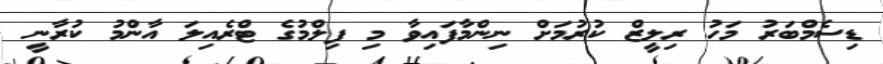
ޑިސެމްބަރު މަހު ރިލީޒް ކުރުމަށް ނިންމާފައިވާ މި ފިލްމުގެ ޓްރެއިލަ އާންމު ކުރާނީ